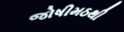
જોષીમઠથી